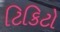
ટિકિટો